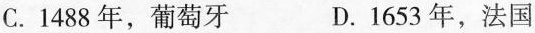
C.1488年，葡萄牙 D.1653年，法国